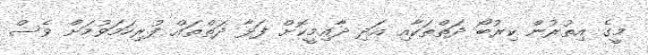
މީގެ އިތުރުން ކިރުބޯ ދަތްތަކާއި އަދި ދާއިމީކޮށް ފަޅާ ދަތްތައް ފުރިހަމަވުމަށް ވެސް